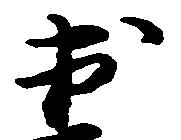
出